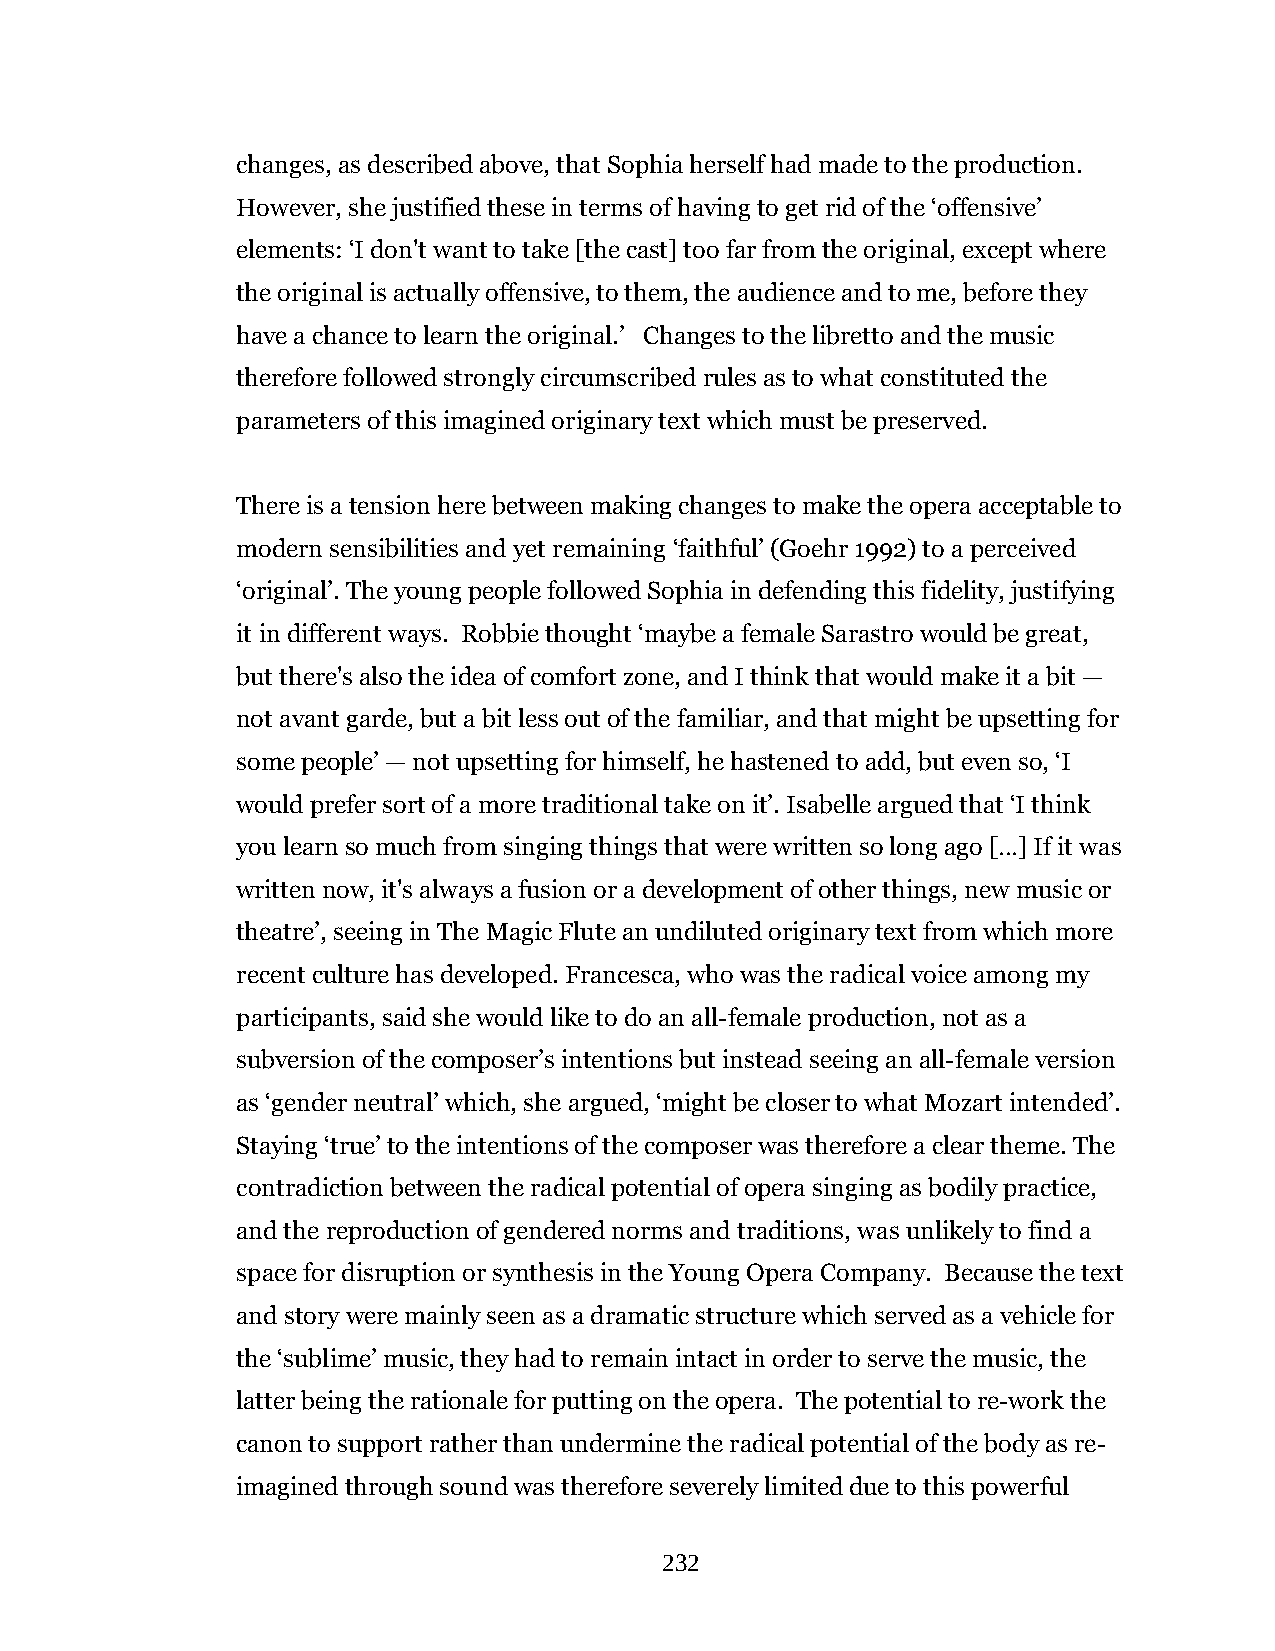
changes, as described above, that Sophia herself had made to the production.
 However, she justified these in terms of having to get rid of the ‘offensive’
 elements: ‘I don't want to take [the cast] too far from the original, except where
 the original is actually offensive, to them, the audience and to me, before they
 have a chance to learn the original.’ Changes to the libretto and the music
 therefore followed strongly circumscribed rules as to what constituted the
 parameters of this imagined originary text which must be preserved.
 There is a tension here between making changes to make the opera acceptable to
 modern sensibilities and yet remaining ‘faithful’ (Goehr 1992) to a perceived
 ‘original’. The young people followed Sophia in defending this fidelity, justifying
 it in different ways. Robbie thought ‘maybe a female Sarastro would be great,
 but there's also the idea of comfort zone, and I think that would make it a bit —
 not avant garde, but a bit less out of the familiar, and that might be upsetting for
 some people’ — not upsetting for himself, he hastened to add, but even so, ‘I
 would prefer sort of a more traditional take on it’. Isabelle argued that ‘I think
 you learn so much from singing things that were written so long ago […] If it was
 written now, it's always a fusion or a development of other things, new music or
 theatre’, seeing in The Magic Flute an undiluted originary text from which more
 recent culture has developed. Francesca, who was the radical voice among my
 participants, said she would like to do an all-female production, not as a
 subversion of the composer’s intentions but instead seeing an all-female version
 as ‘gender neutral’ which, she argued, ‘might be closer to what Mozart intended’.
 Staying ‘true’ to the intentions of the composer was therefore a clear theme. The
 contradiction between the radical potential of opera singing as bodily practice,
 and the reproduction of gendered norms and traditions, was unlikely to find a
 space for disruption or synthesis in the Young Opera Company. Because the text
 and story were mainly seen as a dramatic structure which served as a vehicle for
 the ‘sublime’ music, they had to remain intact in order to serve the music, the
 latter being the rationale for putting on the opera. The potential to re-work the
 canon to support rather than undermine the radical potential of the body as re-
 imagined through sound was therefore severely limited due to this powerful
 232